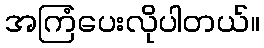
အကြံပေးလိုပါတယ်။